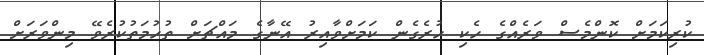
ކުރިކަމަށް ކޮންމެސް ވަރެއްގެ ހެކި ހުރެގެން ކަމަށްވާއިރު އޭނާގެ މައްޗަށް ތުހުމަތުކުރެވޭ މިންވަރަށް